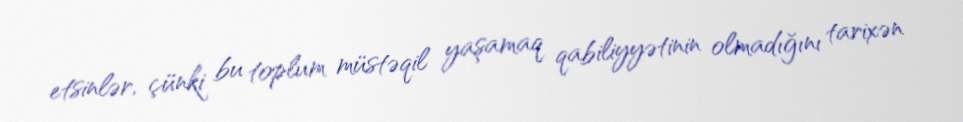
etsinlər, çünki bu toplum müstəqil yaşamaq qabiliyyətinin olmadığını tarixən